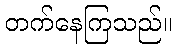
တက်နေကြသည်။